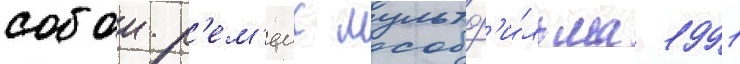
собои р'ем'еик мультф'и́льма 1991